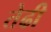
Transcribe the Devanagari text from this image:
तेढी